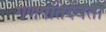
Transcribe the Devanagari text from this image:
गणपतिर्देवता